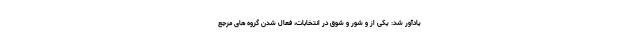
یادآور شد: یکی از و شور و شوق در انتخابات، فعال شدن گروه های مرجع